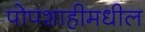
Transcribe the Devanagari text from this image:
पोपशाहीमधील